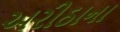
અરીઠાના